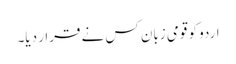
اردو کو قومی زبان کس نے قرار دیا۔